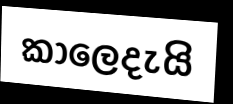
කාලෙදැයි